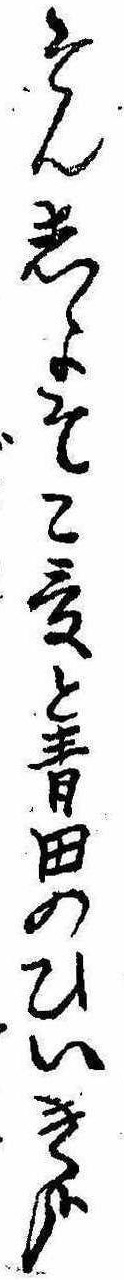
そんしよそこ爰と青田のひいき哉